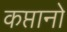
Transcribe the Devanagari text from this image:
कप्तानो